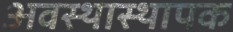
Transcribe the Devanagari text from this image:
अवस्थास्थापक